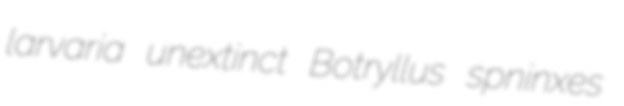
larvaria unextinct Botryllus spninxes